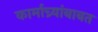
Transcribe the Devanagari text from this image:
कार्माच्र्यांबाबत